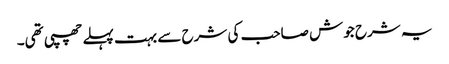
یہ شرح جوش صاحب کی شرح سے بہت پہلے چھپی تھی۔